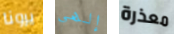
يرونا إلهي معذرة